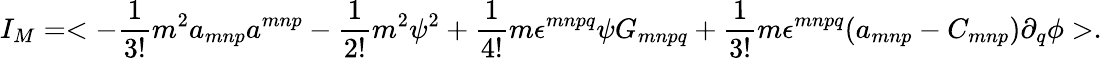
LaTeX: I_{M}=<-\frac{1}{3!}m^{2}a_{mnp}a^{mnp}-\frac{1}{2!}m^{2}\psi^{2}+\frac{1}{4!}m\epsilon^{mnpq}\psi G_{mnpq}+\frac{1}{3!}m\epsilon^{mnpq}(a_{mnp}-C_{mnp})\partial_{q}\phi>.